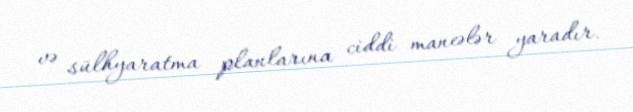
və sülhyaratma planlarına ciddi maneələr yaradır.